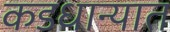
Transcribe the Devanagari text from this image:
कडधान्यात